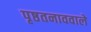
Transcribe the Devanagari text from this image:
पृष्ठतनाववाले